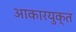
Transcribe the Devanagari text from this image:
आकारयुक्त